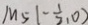
M _ { 5 } ( - \frac { 1 } { 2 } , 0 )